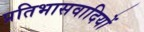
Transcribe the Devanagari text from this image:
प्रतिभासवादियों